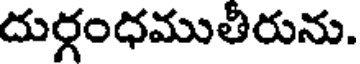
దుర్గంధముతీరును.